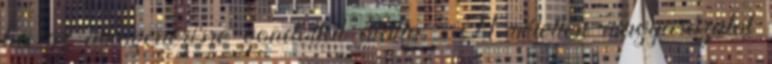
ha az abiogenézisre gondoltál alatta : A véletlen magyarázatot